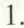
1.